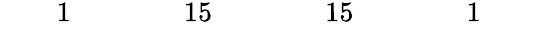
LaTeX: \begin{array}{ccccccccccccccccc}{{}}&{{}}&{{1}}&{{}}&{{}}&{{}}&{{15}}&{{}}&{{}}&{{}}&{{15}}&{{}}&{{}}&{{}}&{{1}}&{{}}&{{}}\end{array}